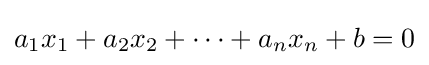
a_{1}x_{1}+a_{2}x_{2}+\cdots +a_{n}x_{n}+b=0